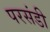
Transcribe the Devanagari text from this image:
परसंडी